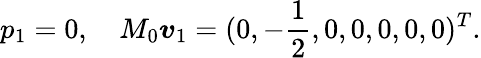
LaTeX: p_{1}=0,\quad M_{0}\boldsymbol{v}_{1}=(0,-\frac{1}{2},0,0,0,0,0)^{T}.